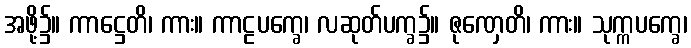
အဖို့၌။ ကာဋ္ဌေတိ၊ ကား။ ကာဠပက္ခေ၊ လဆုတ်ပက္ခ၌။ ဇုဏှေတိ၊ ကား။ သုက္ကပက္ခေ၊